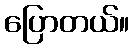
ပြောတယ်။